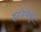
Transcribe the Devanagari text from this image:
इनजेनीयूर